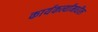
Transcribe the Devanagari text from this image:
कार्यकर्त्यांमधील